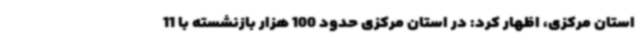
استان مرکزی، اظهار کرد: در استان مرکزی حدود 100 هزار بازنشسته با 11